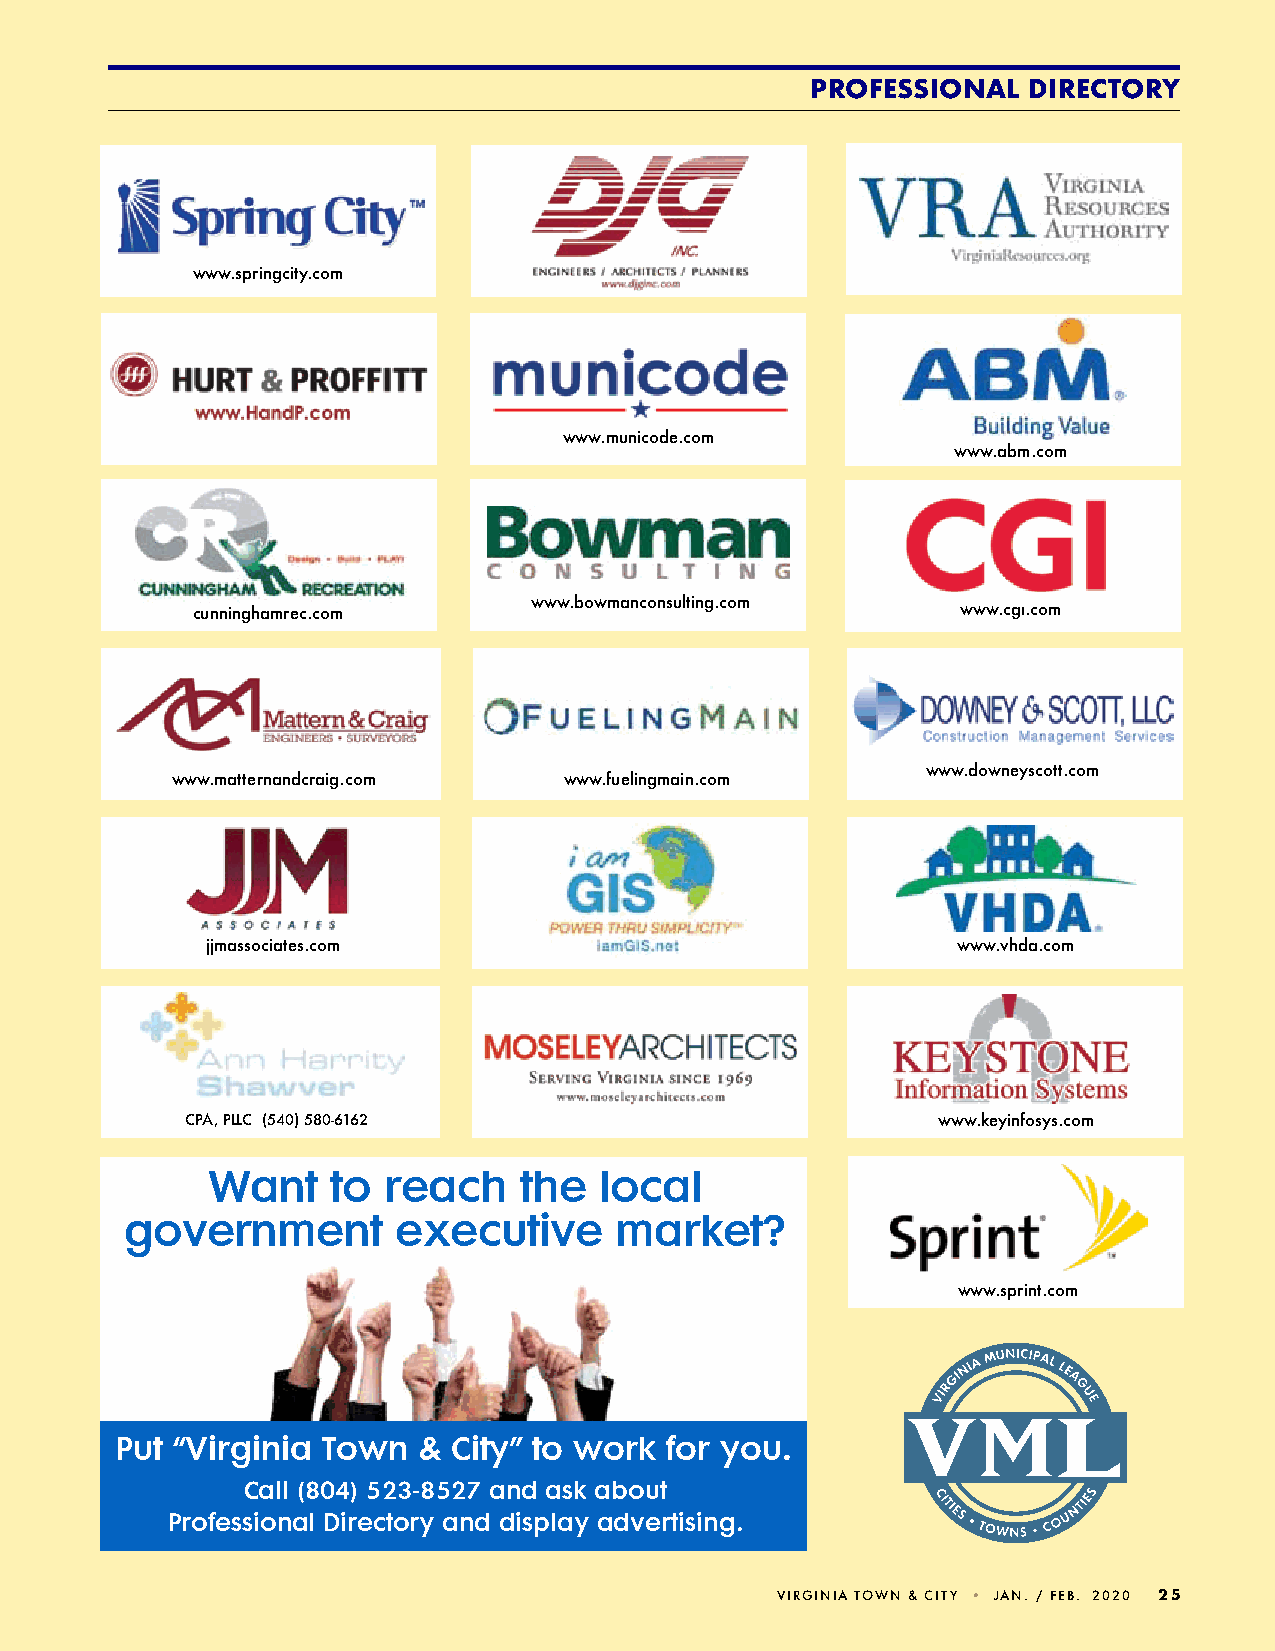
pRoFeSSIoNAl  DIRecToRy
 www.springcity.com
 www.municode.com
 www.abm.com
 cunninghamrec.com     www.bowmanconsulting.com     www.cgi.com
 www.downeyscott.com
 www.matternandcraig.com   www.fuelingmain.com
 jjmassociates.com                                www.vhda.com
 Cpa, pLLC (540) 580-6162                          www.keyinfosys.com
 Want    to reach    the   local
 government        executive      market?
 www.sprint.com
 Put “Virginia Town  & City” to work for you.
 Call (804) 523-8527 and ask about
 Professional Directory and display advertising.
 VIRGINIa TOWN & CITY • jaN. / Feb. 2020 25